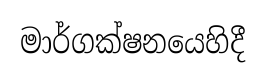
මාර්ගක්ෂනයෙහිදී